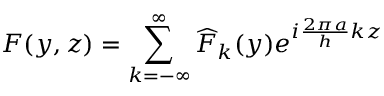
\displaystyle F ( y , z ) = \sum _ { k = - \infty } ^ { \infty } \widehat { F } _ { k } ( y ) e ^ { i \frac { 2 \pi a } { h } k z }